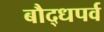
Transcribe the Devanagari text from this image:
बौद्धपर्व